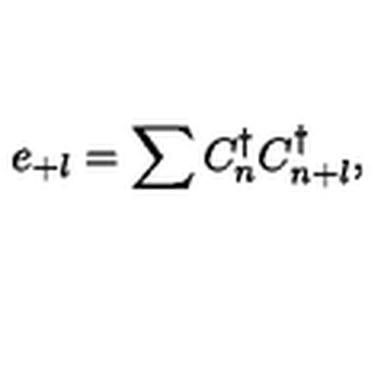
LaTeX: e _ { + l } = \sum C _ { n } ^ { \dagger } C _ { n + l } ^ { \dagger } ,